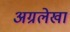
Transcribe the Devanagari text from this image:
अग्रलेखां